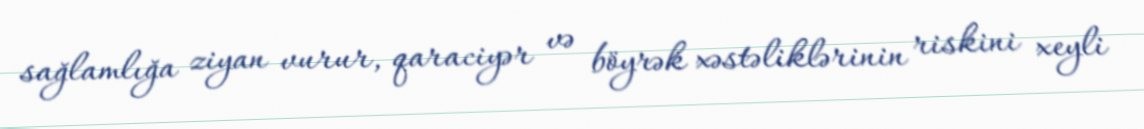
sağlamlığa ziyan vurur, qaraciyər və böyrək xəstəliklərinin riskini xeyli